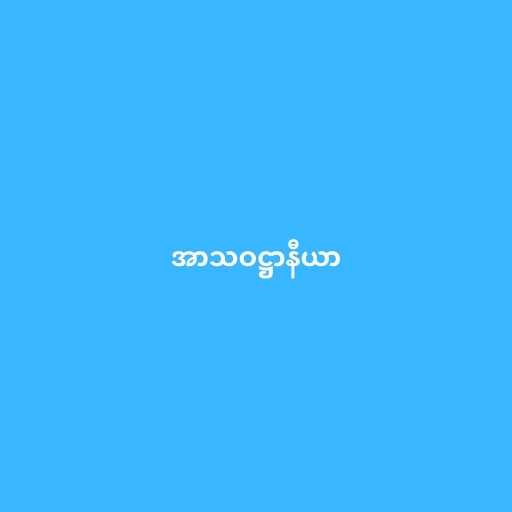
အာသဝဋ္ဌာနီယာ